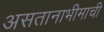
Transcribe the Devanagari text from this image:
असतानाभीमाची